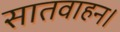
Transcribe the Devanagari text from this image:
सातवाहन।